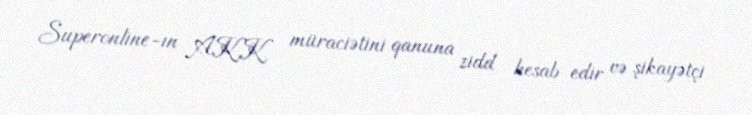
Superonline-ın AKK müraciətini qanuna zidd hesab edir və şikayətçi